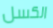
الكسل